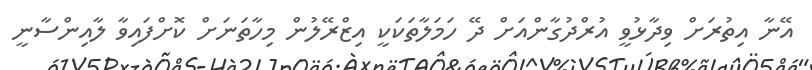
އޭނާ އިތުރަށް ވިދާޅުވީ އުރްދުގާންއަށް ދޭ ހަމަލާތަކަކީ އިޒްރޭލުން މިހާތަނަށް ކޮށްފައިވާ ލާއިންސާނީ